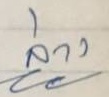
ล่าง